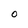
Character: O